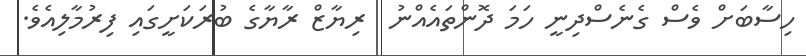
ހިސާބަށް ވެސް ގެނެސްދިނީ ހަމަ ދޮންތައެއްނު  ރިޔާޒް ރާޔާގެ ބުރަކަށީގައި ފިރުމާލިއެވެ.